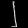
Digit: ၂